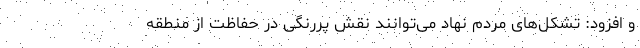
و افزود: تشکل‌های مردم نهاد می‌توانند نقش پررنگی در حفاظت از منطقه